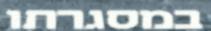
במסגרתו